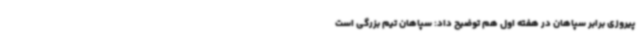
پیروزی برابر سپاهان در هفته اول هم توضیح داد: سپاهان تیم بزرگی است